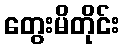
တွေးမိတိုင်း